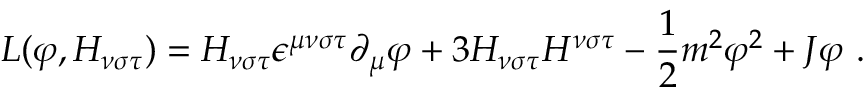
L ( \varphi , H _ { \nu \sigma \tau } ) = H _ { \nu \sigma \tau } \epsilon ^ { \mu \nu \sigma \tau } \partial _ { \mu } \varphi + 3 H _ { \nu \sigma \tau } H ^ { \nu \sigma \tau } - \frac { 1 } { 2 } m ^ { 2 } \varphi ^ { 2 } + J \varphi \ .